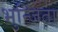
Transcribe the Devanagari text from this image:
भुन्जिता